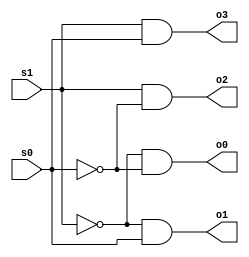
//
//Decoder 2x4
//Nick Trusso 9/17/2015 
//
module decoder2x4(s0,s1,o0,o1,o2,o3);
  input s0, s1;
  output o0,o1,o2,o3;
  
  wire s1_inv, s0_inv;
  
  not(s1_inv,s1);
  not(s0_inv,s0);
  and(o0,s1_inv,s0_inv);
  and(o1,s1_inv,s0);
  and(o2,s1,s0_inv);
  and(o3,s1,s0);
endmodule


module main;
    //variables
    reg s0, s1;
    wire o0,o1,o2,o3;
    
    //create instance
    decoder2x4 decoder(s0,s1,o0,o1,o2,o3);
    
    initial begin
        $display("Time\ts1\ts0\to0\to1\to2\to3");
        $display("--------------------------------------------------------");
        $monitor("%0d\t%b\t%b\t%b\t%b\t%b\t%b",$time,s1,s0,o0,o1,o2,o3);
    end
    
    initial begin
        //assign variables
        s0 = 0; s1 = 0;
        #1
        s0 = 1; s1 = 0;
        #1
        s0 = 0; s1 = 1;
        #1
        s0 = 1; s1 = 1;
    end
endmodule